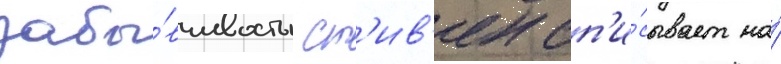
забы́вчивость ст'ив'ен сп'и́сывает на́